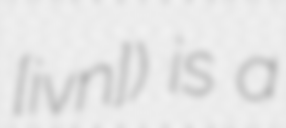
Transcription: ​[ʒivʁɛn]) is a